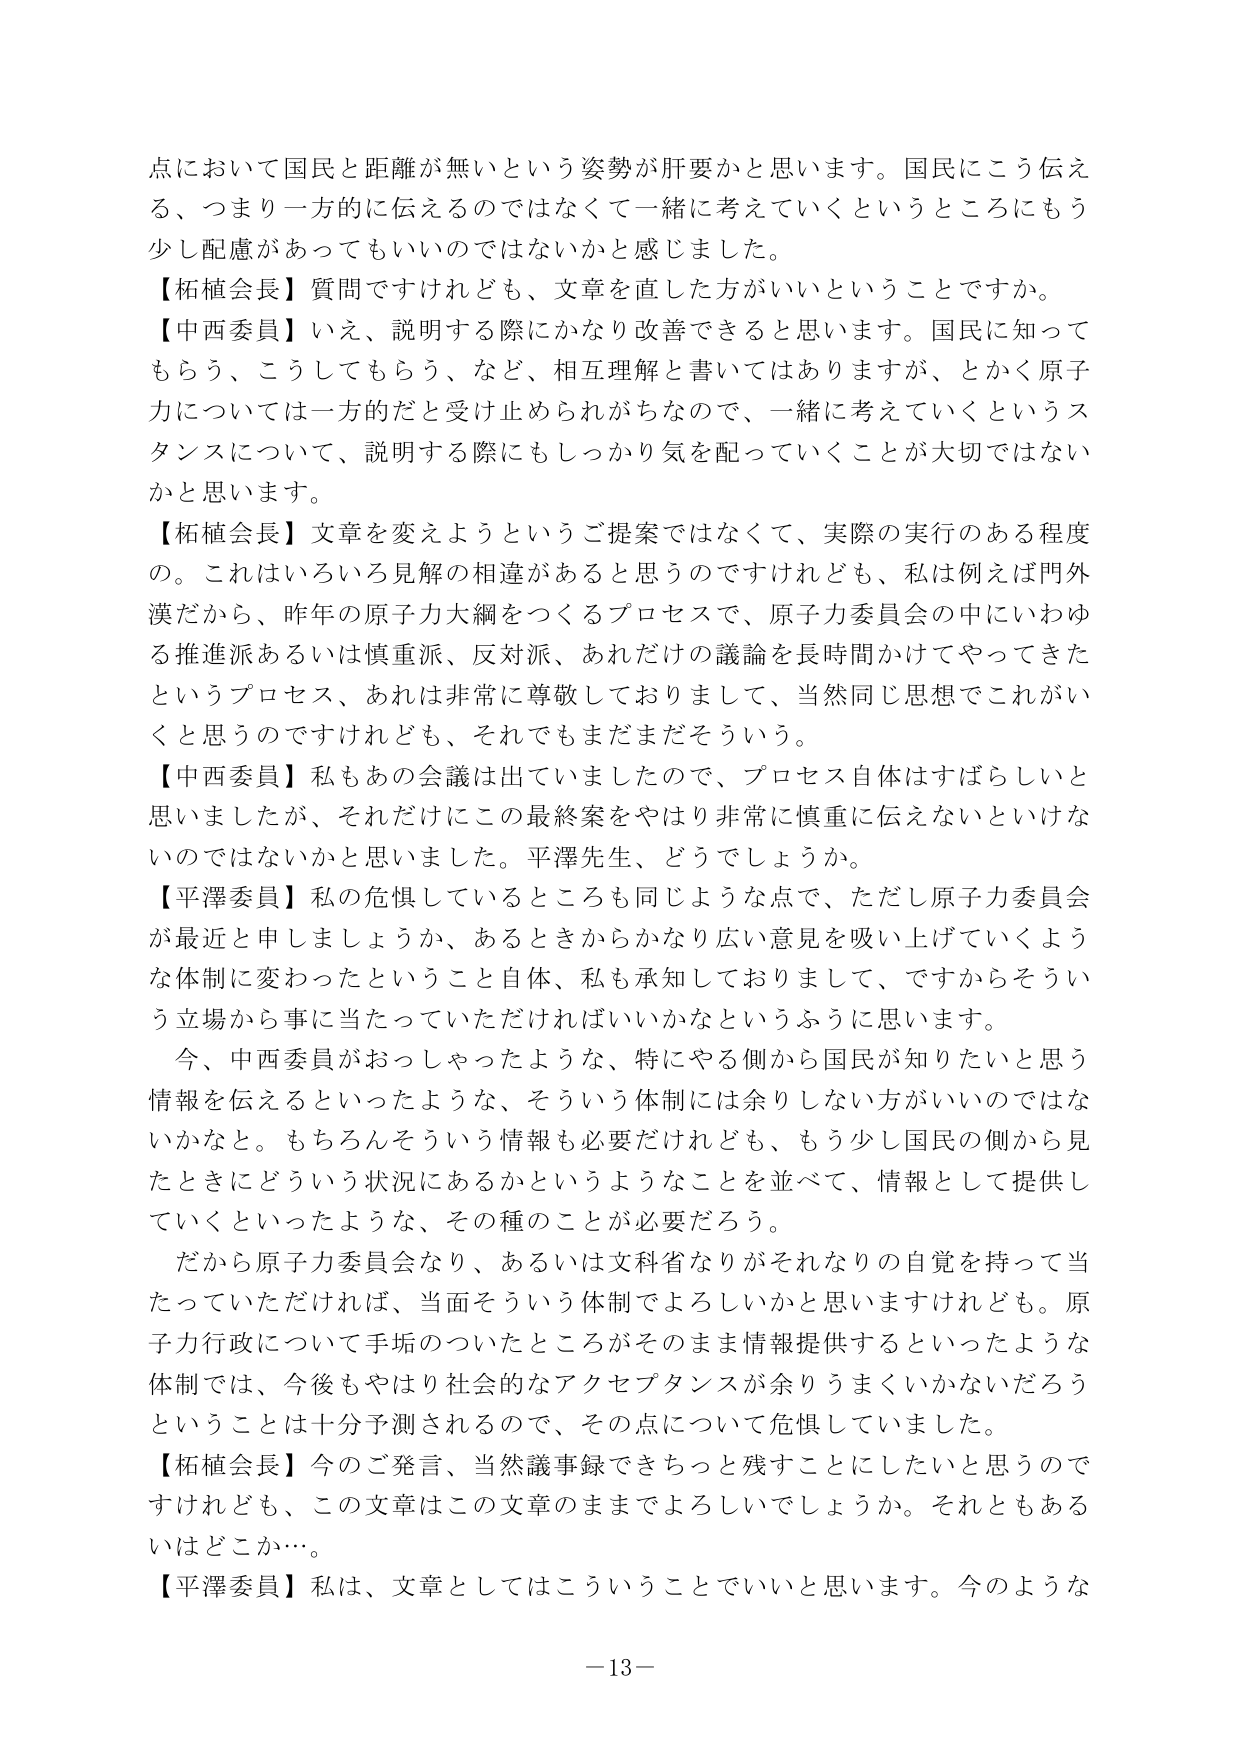
点において国民と距離が無いという姿勢が肝要かと思います。国民にこう伝える、つまり一方的に伝えるのではなくて一緒に考えていくというところにもう少し配慮があってもいいのではないかと感じました。

【柘植会長】質問ですけれども、文章を直した方がいいということですか。

【中西委員】いえ、説明する際にかなり改善できると思います。国民に知ってもらう、こうしてもらう、など、相互理解と書いてはありますが、とかく原子力については一方的だと受け止められがちなので、一緒に考えていくというスタンスについて、説明する際にもしっかり気を配っていくことが大切ではないかと思います。

【柘植会長】文章を変えようというご提案ではなくて、実際の実行のある程度の。これはいろいろ見解の相違があると思うのですけれども、私は例えば門外漢だから、昨年の原子力大綱をつくるプロセスで、原子力委員会の中にいわゆる推進派あるいは慎重派、反対派、あれだけの議論を長時間かけてやってきたというプロセス、あれは非常に尊敬しておりまして、当然同じ思想でこれがいくと思うのですけれども、それでもまだまだそういう。

【中西委員】私もあの会議は出ていましたので、プロセス自体はすばらしいと思いましたが、それだけにこの最終案をやはり非常に慎重に伝えないといけないのではないかと思いました。平澤先生、どうでしょうか。

【平澤委員】私の危惧しているところも同じような点で、ただし原子力委員会が最近と申しましょうか、あるときからかなり広い意見を吸い上げていくような体制に変わったということ自体、私も承知しておりまして、ですからそういう立場から事に当たっていただければいいかなというふうに思います。

今、中西委員がおっしゃったような、特にやる側から国民が知りたいと思う情報を伝えるといったような、そういう体制には余りしない方がいいのではないかと。もちろんそういう情報も必要だけれども、もう少し国民の側から見たときにどういう状況にあるかというようなことを並べて、情報として提供していくといったような、その種のことが必要だろう。

だから原子力委員会なり、あるいは文科省なりがそれなりの自覚を持って当たっていただければ、当面そういう体制でよろしいかと思いますけれども。原子力行政について手垢のついたところがそのまま情報提供するといったような体制では、今後もやはり社会的なアクセプタンスが余りうまくいかないだろうということは十分予測されるので、その点について危惧していました。

【柘植会長】今のご発言、当然議事録できちっと残すことにしてしたいと思うのですけれども、この文章はこの文章のままでよろしいでしょうか。それともあるいはどこか…。

【平澤委員】私は、文章としてはこういうことでいいと思います。今のような

－13－